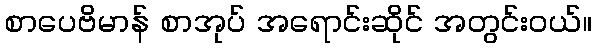
စာပေဗိမာန် စာအုပ် အရောင်းဆိုင် အတွင်းဝယ်။